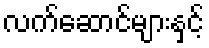
လက်ဆောင်များနှင့်